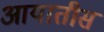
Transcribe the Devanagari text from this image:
आयातीस